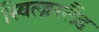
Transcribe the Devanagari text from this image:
स्वित्ज़रलैंड